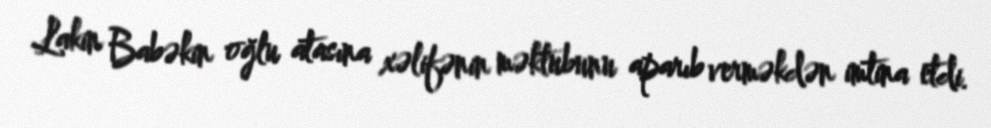
Lakin Babəkin oğlu atasına xəlifənin məktubunu aparıb verməkdən imtina etdi.